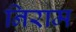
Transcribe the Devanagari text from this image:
निराम